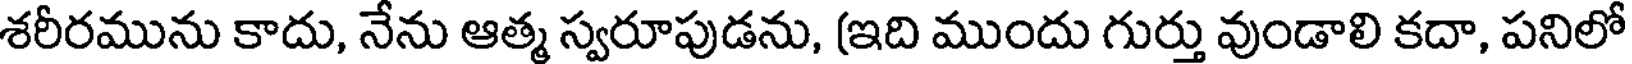
శరీరమును కాదు, నేను ఆత్మ స్వరూపుడను, (ఇది ముందు గుర్తు వుండాలి కదా, పనిలో